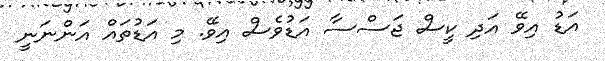
އަޑު އިވޭ އަދި ކީސް ޖަސްސާ އަޑުވެސް އިވޭ. މި އަޑުތައް އަންނަނީ